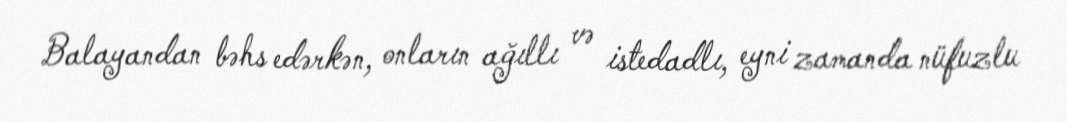
Balayandan bəhs edərkən, onların ağıllı və istedadlı, eyni zamanda nüfuzlu